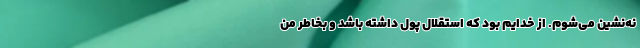
نه‌نشین می‌شوم. از خدایم بود که استقلال پول داشته باشد و بخاطر من